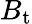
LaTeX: B_{\mathrm{t}}